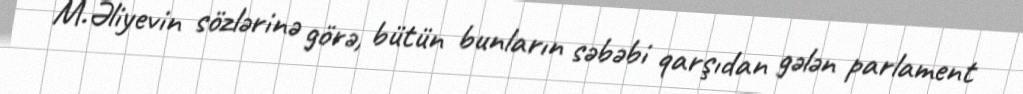
M.Əliyevin sözlərinə görə, bütün bunların səbəbi qarşıdan gələn parlament